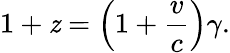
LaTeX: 1+\mathit{z}=\left(1+{\frac{{v}}{{c}}}\right)\gamma.